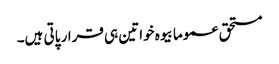
مستحق عموما بیوہ خواتین ہی قرار پاتی ہیں۔